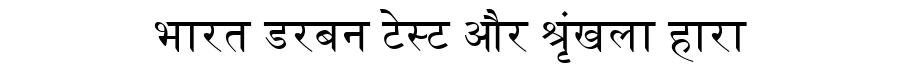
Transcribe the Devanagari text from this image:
भारत डरबन टेस्ट और श्रृंखला हारा